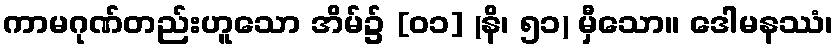
ကာမဂုဏ်တည်းဟူသော အိမ်၌ [၀၁] (နိ၊ ၅၁) မှီသော။ ဒေါမနဿံ၊